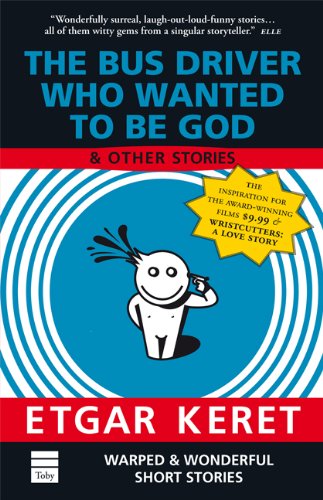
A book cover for The Bus Driver Who Wanted To Be God & Other Stories; Etgar Keret; Religion & Spirituality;